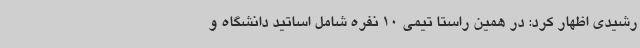
رشیدی اظهار کرد: در همین راستا تیمی 10 نفره شامل اساتید دانشگاه و